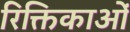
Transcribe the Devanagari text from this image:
रिक्तिकाओं